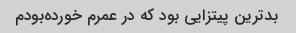
بدترین پیتزایی بود که در عمرم خورده‌بودم